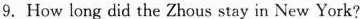
9.How long did the Zhous stay in New York?